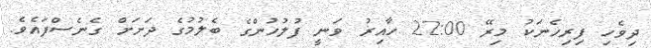
ދިވެހި ފިރިހެނަކު މިރޭ 22:00 ހާއިރު ވަނީ ފުލުހުންގެ ބެލުމުގެ ދަށަށް ގެނެސްފައެވެ.